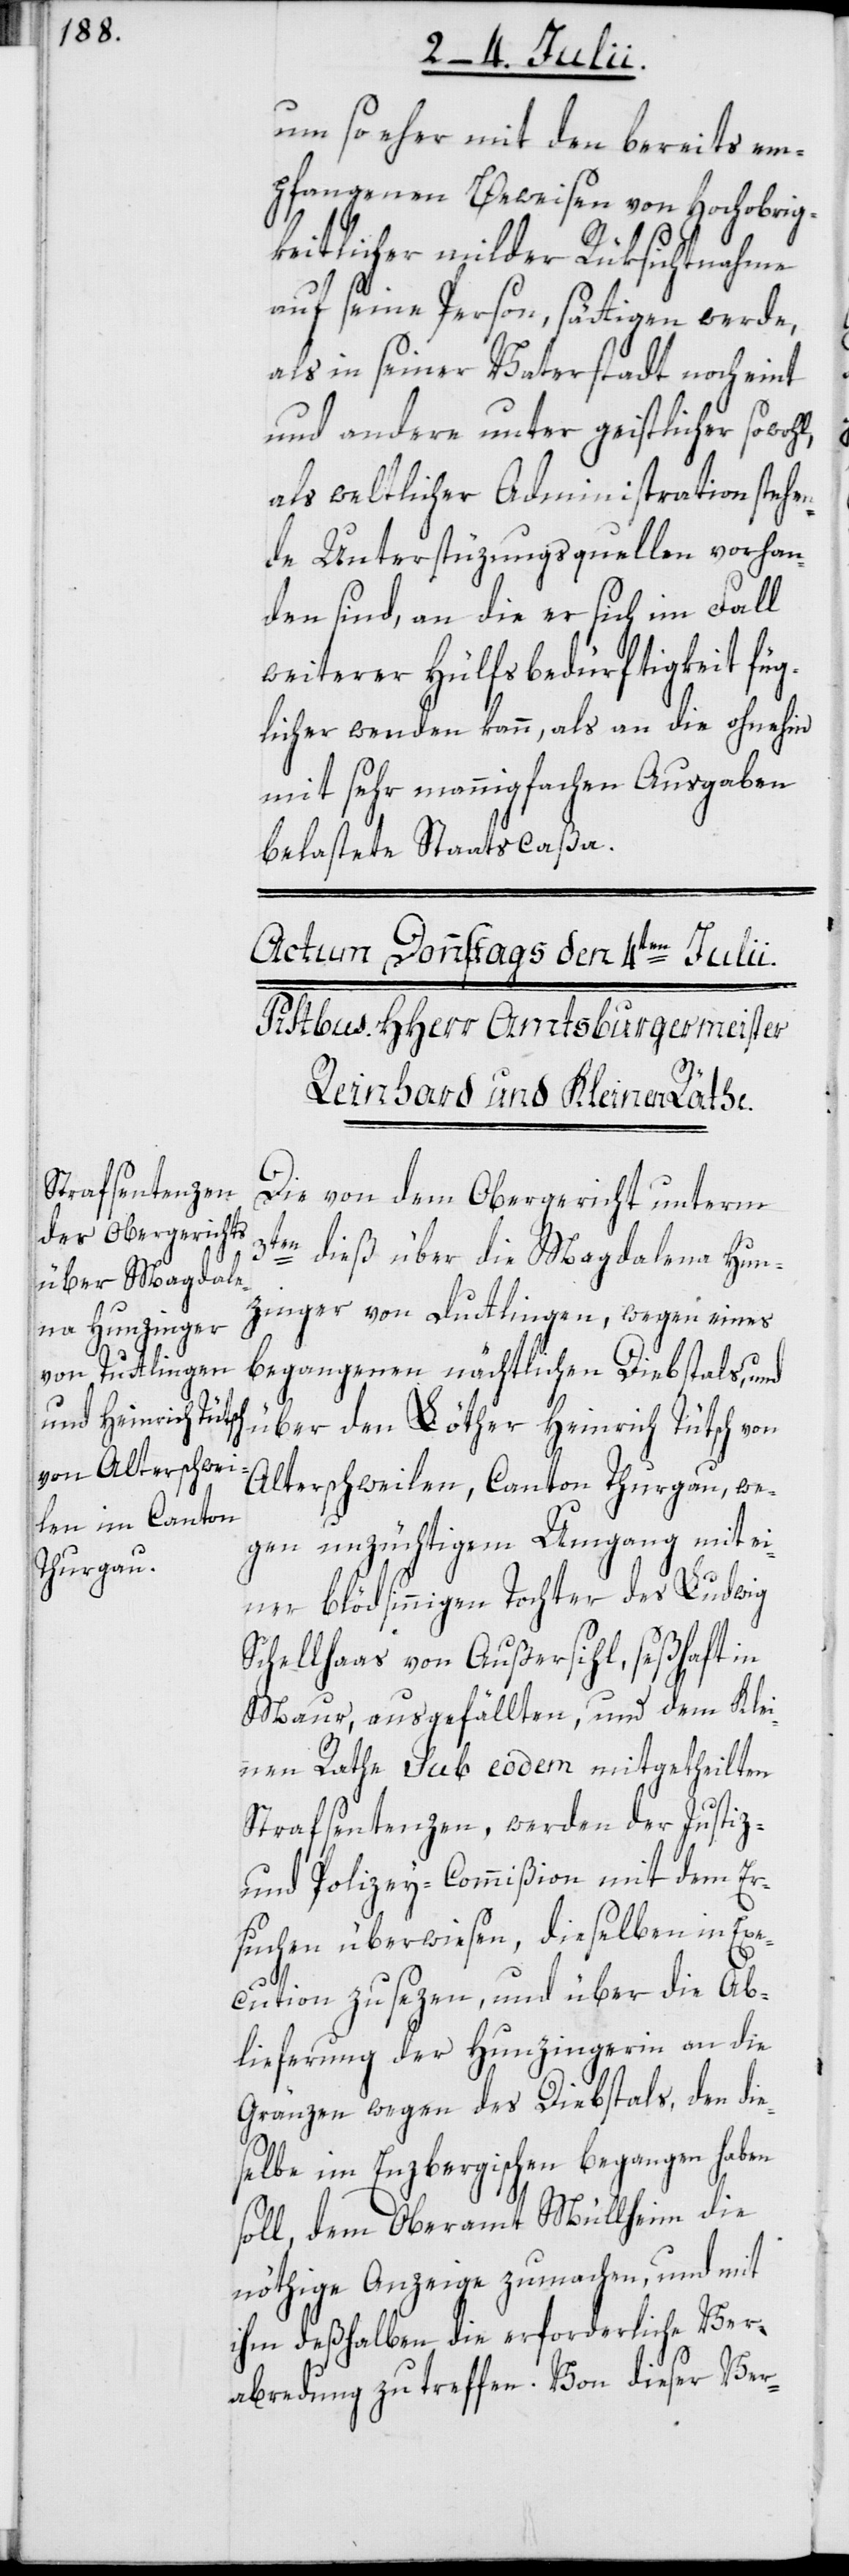
um so eher mit den bereits em¬
pfangenen Beweisen von Hochobrig¬
keitlicher milder Rüksichtnahme
auf seine Person, sättigen werde,
als in seiner Vaterstadt noch eint
und andere unter geistlicher sowoh¬
als weltlicher Administration stehe¬
nde Unterstüzungsquellen vorhan¬
den sind, an die er sich im Fall
weiterer Hülfsbedürftigkeit füg¬
licher wenden kann, als an die ohnehin
mit sehr mannigfachen Ausgaben
belastete Staatscaßa.
Die von dem Obergericht unterm
l,
3ten dieß über die Magdalena Hun¬
zinger von Duttlingen, wegen eines
begangenen nächtlichen Diebstals, und
Alterschweilen, Canton Thurgau, we¬
gen unzüchtigem Umgang mit e¬
iner blödsinnigen Tochter des Ludwig
Schellhaas von Außersihl, seßhaft in
Maur, ausgefällten, und dem Klei¬
nen Rathe sub eodem mitgetheilten
Strafsentenzen, werden der Justiz-
und Polizey-Commißion mit dem Er¬
suchen überwiesen, dieselben in Exe¬
cution zu sezen, und über die Ab¬
lieferung der Hunzingerin an die
Gränzen wegen Diebstals, den di¬
eselbe im Enzbergischen begangen haben
soll, dem Oberamt Müllheim die
nöthige Anzeige zu machen, und mit
ihm deßhalben die erforderliche Ver¬
abredung zu treffen. Von dieser Ver-